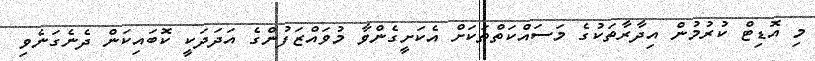
މި އޮޑިޓް ކުރުމުން އިދާރާތަކުގެ މަސައްކަތްތަކަށް އެކަށީގެންވާ މުވައްޒަފުންގެ އަދަދަކީ ކޮބައިކަން ދެނެގަނެވި